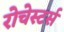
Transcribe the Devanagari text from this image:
रोचेस्टर्स